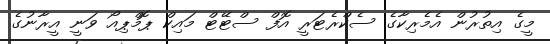
މީގެ އިތުރުން އެމެރިކާގެ ސެކްރެޓަރީ އޮފް ސްޓޭޓް މައިކް ޕޮމްޕިއޯ ވަނީ އީރާނުގެ